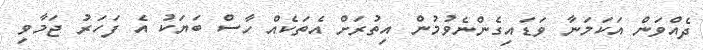
ދެއްވަން އަކަމަނާ ވަޑައިގެންނެވުމުން އިތުރަށް އެތަކެއް ހާސް ބަޔަކު އެ ފަހަރު ޖަމާވި